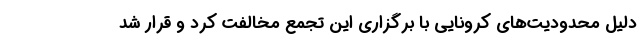
دلیل محدودیت‌های کرونایی با برگزاری این تجمع مخالفت کرد و قرار شد